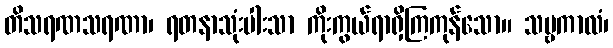
တိသရဏသရဏာ၊ ရတနာသုံးပါးသာ ကိုးကွယ်ရာရှိကြကုန်သော။ သဗ္ဗကာလံ၊